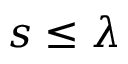
s \le \lambda